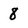
Character: 8